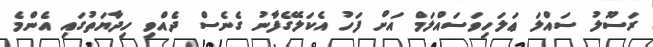
ރަސޫލު ސައްލަ ޢަލަހިވަސައްލަމް އަށް ފަހު އެކަލޭގެފާނު ގެނެސް ދެއްވި ހިދާޔަތުގައި އެންމެ